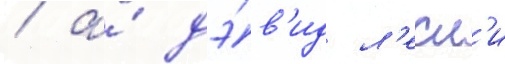
/ а́ дэ́в'ид л'есл'и